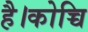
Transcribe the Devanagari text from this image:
है।कोच्चि